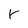
Character: Y